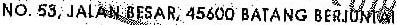
NO. 53, JALAN BESAR, 45600 BATANG BERJUNTAI